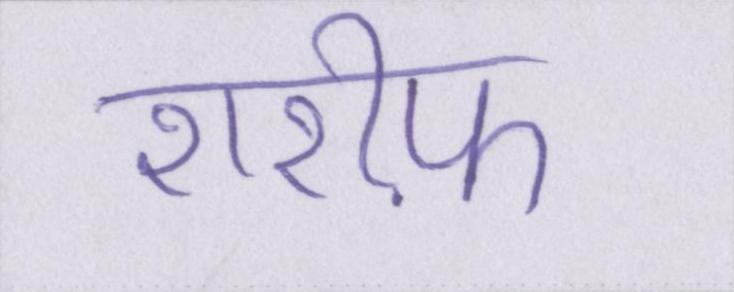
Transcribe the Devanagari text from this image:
शरीफ़